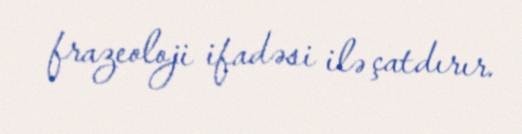
frazeoloji ifadəsi ilə çatdırır.